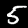
Digit: 5